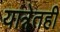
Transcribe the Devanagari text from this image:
यात्रेतही